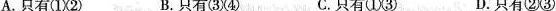
A.只有①② B.只有③④ C.只有①③ D.只有②③